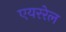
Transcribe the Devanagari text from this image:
एयररेल